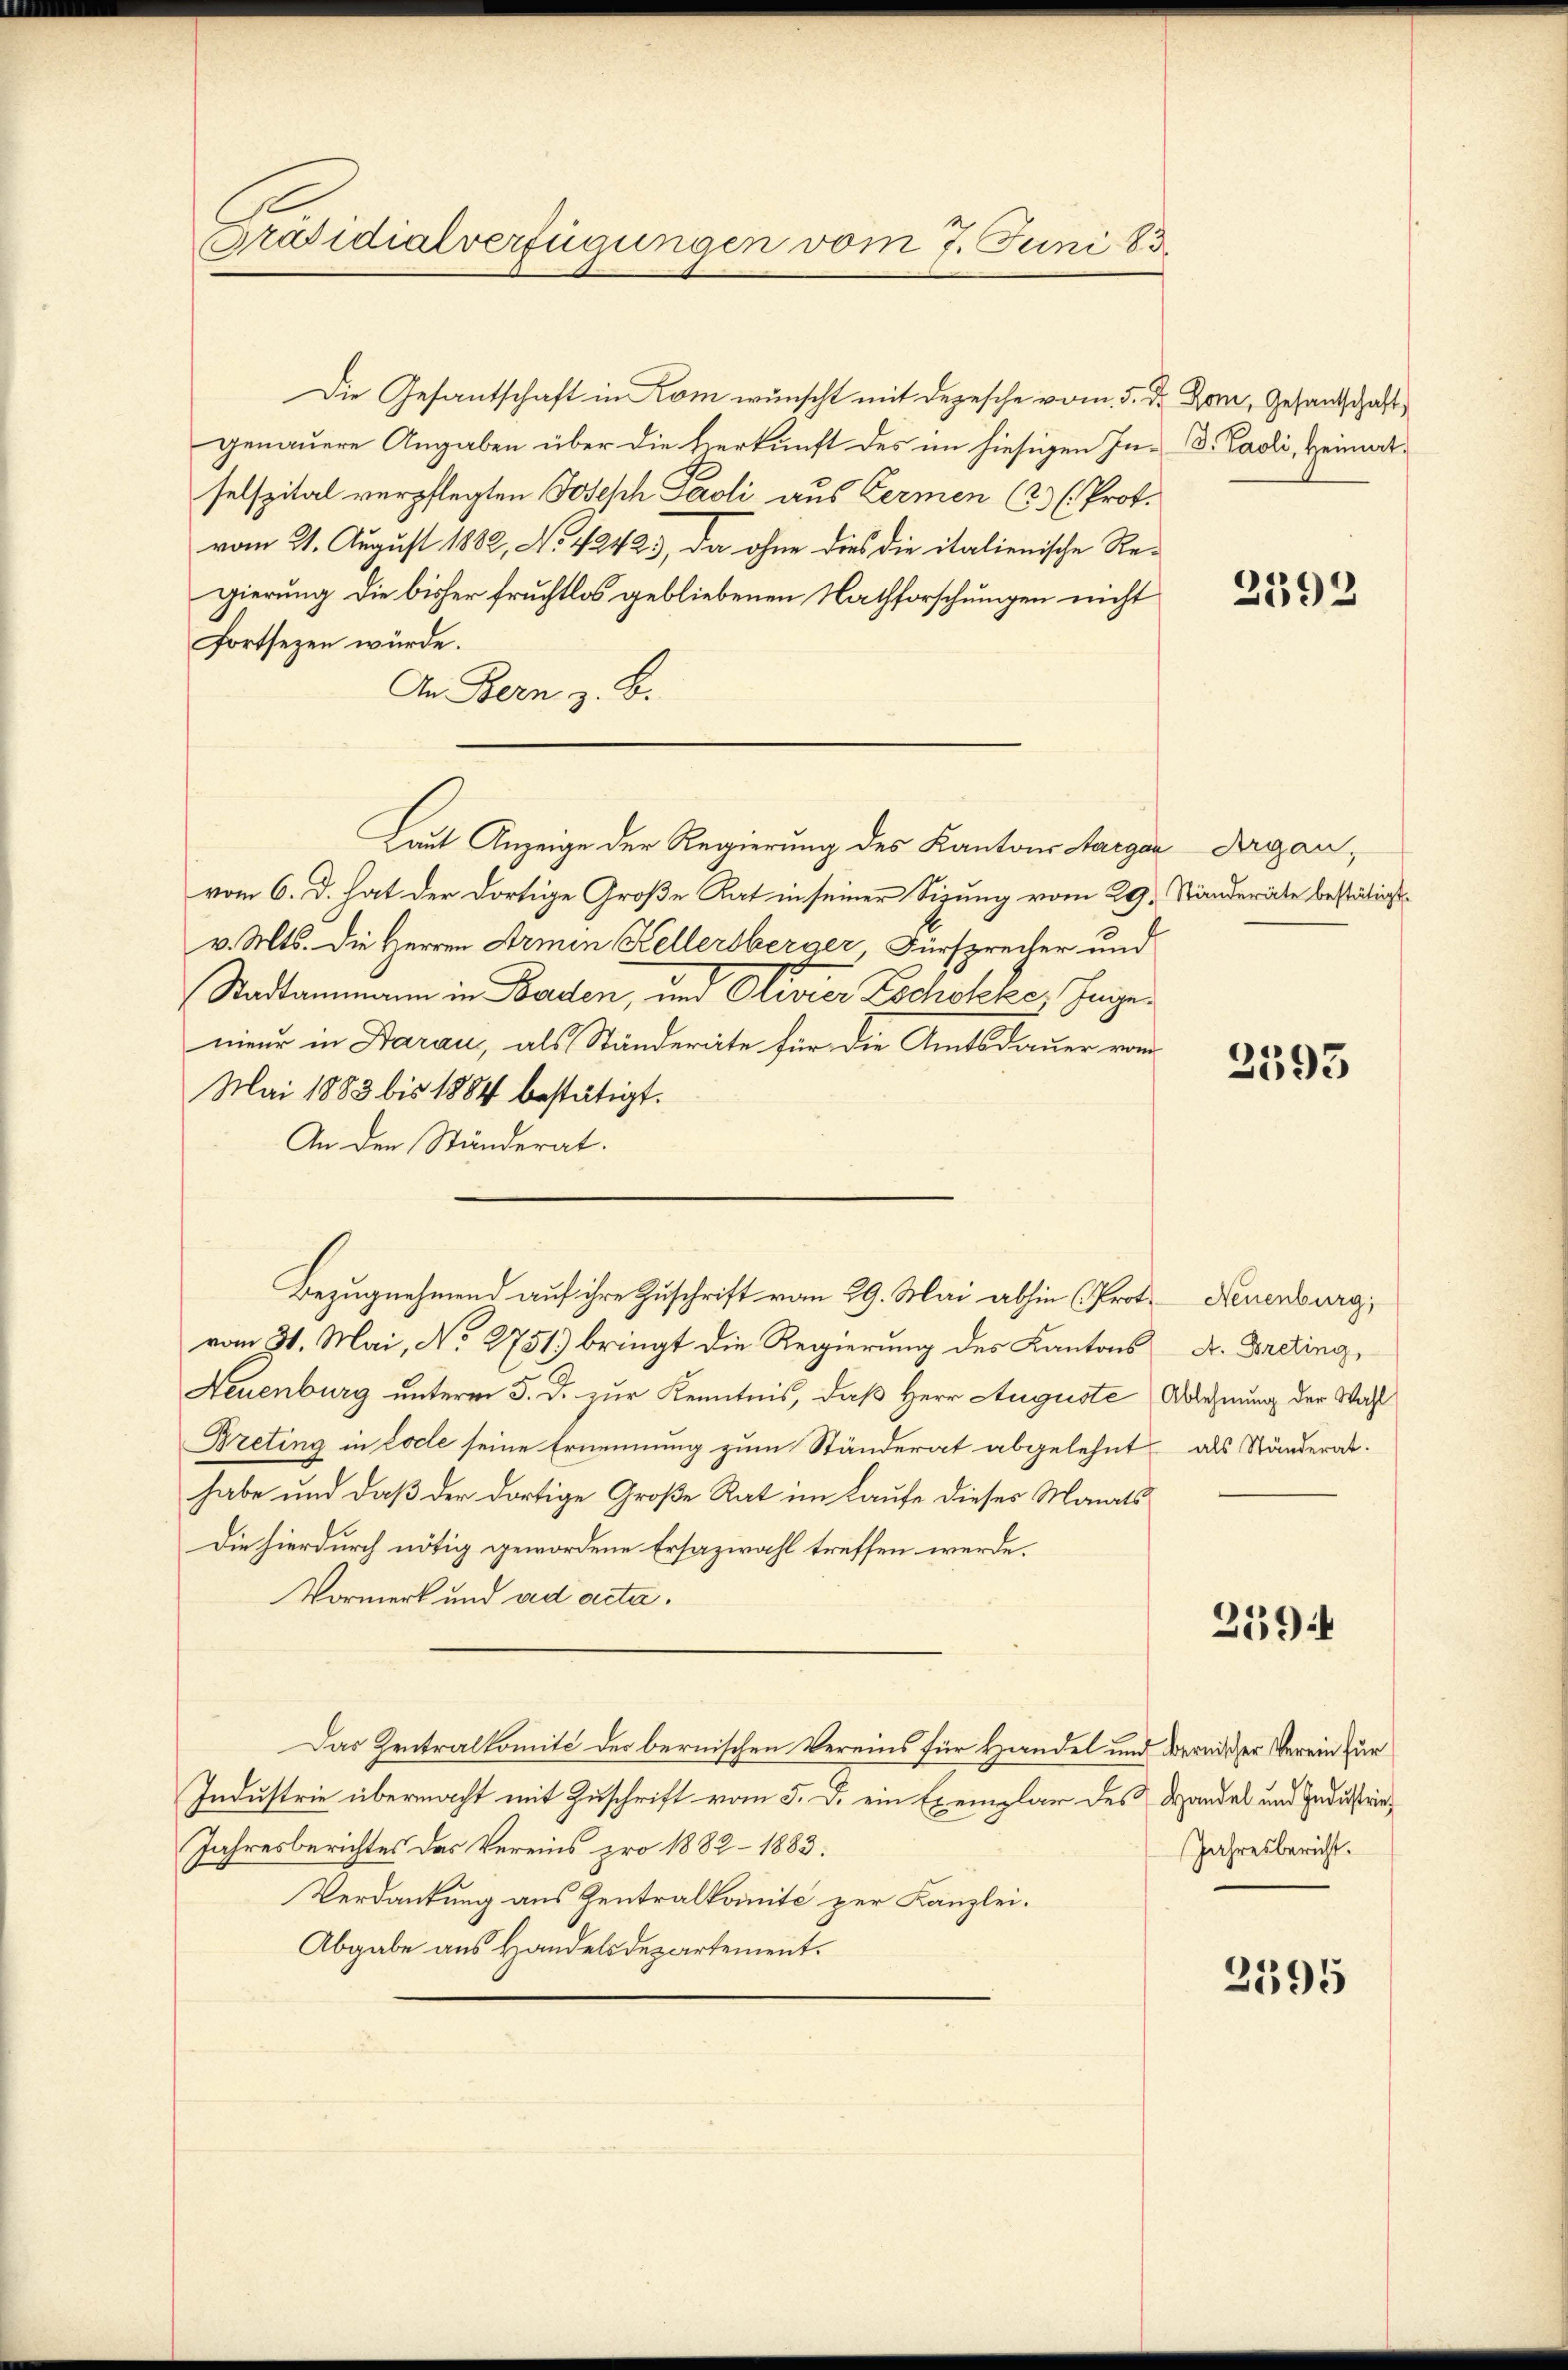
Präsidialverfügungen vom 7. Juni 183.

Die Gesantschaft in Kom wünscht mit Depesche vom 5. d.
genauere Angaben über die Herkunft des im hiesigen Inselspital verpflegten Josesch Paoli aus Fermen (23. Prof.
vom 21. August 1882, No 42423, da ohne dies die italienische Re-
gierung die bisher fruchtlos gebliebenen Nachforschungen nicht
fortsezen würde.
An Bern z. B.
Laut Anzeige der Regierung des Kantons Aargau deganvom 6. d. hat der dortige Große Rat in seiner Sizung vom 29. Ständeräte bestätigt
v. Mts. die Herren Armen Kellersberger, Fürsprecher und
Stadtammann in Baden, und Rivier Zschokke, Ingenieur in Aarau, als Ständeräte für die Amtsdauer vom
Mai 1883 bis 1884 bestätigt.
An den Ständerat.
Bezugnehmend auf ihre Zuschrift vom 29. Mai abhin (Protvom 31. Mai, No. 2751) bringt die Regierung des Kantons A. Breting,
Neuenburg unterm 5. d. zur Kenntnis, daß Herr Auguste Ablehnung der Wahl
Breting in Locle seine Ernennung zum Ständerat abgelehnt
habe und daß der dortige Große Rat im Laufe dieses Monats¬
Die hierdurch nötig gewordene Ersazwahl treffen werde.
Vormerk und ad acta.
Das Zentralkomite der bernischen Vereins für Handel und bereither Verein zur
Industrie übermacht mit Zuschrift vom 5. d. ein Exemplar des Handel und Industrin¬
Jahresberichtes das Vereins pro 1882 - 1883.
Verdankung aus Zentralkomité per Kanzlei.
Abgabe aus Handelsdepartement.

Som, Gesantschaft
d. Paoli, Heimat.

2392

2593

Neuenburg,
als Ständerat.

2594

Jahresbericht.

2395